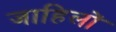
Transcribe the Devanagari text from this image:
जाहिलों